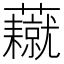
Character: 𧄥